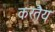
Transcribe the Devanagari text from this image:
करतैय